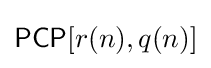
{\mathsf {PCP}}[r(n),q(n)]